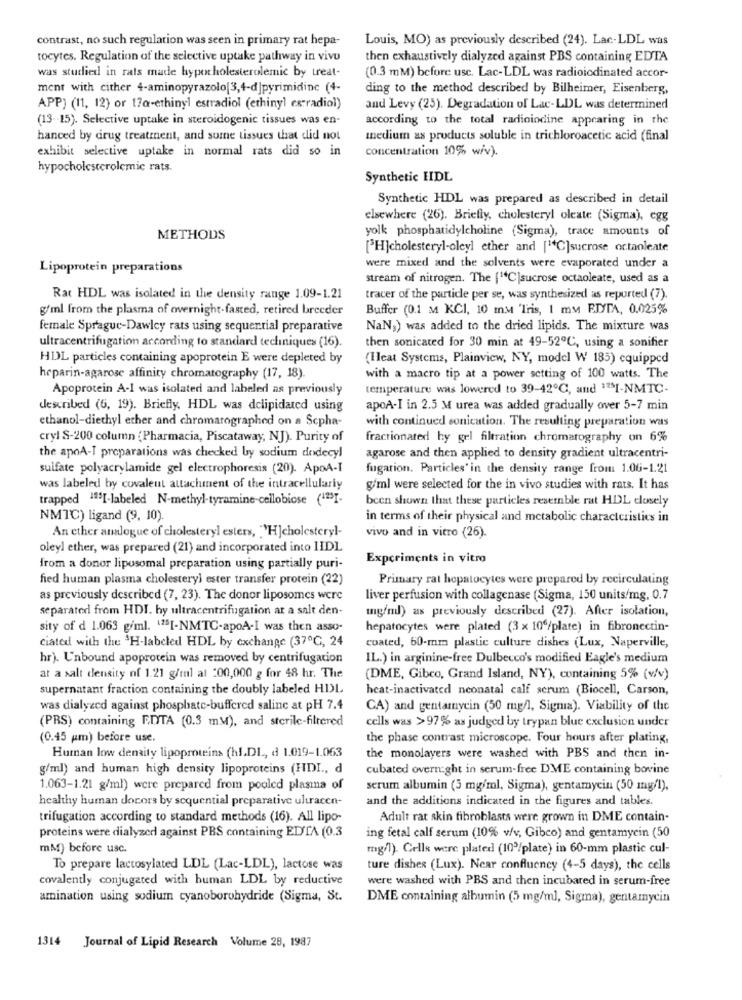
contrast, no such regulation was seen in primary rat hepa-
Louis, MO) as previously described (24). Lac-LDL was
tocytes. Regulation of the selective uptake pathway in vivo
then exhaustively dialyzed against PBS containing EDTA
was studied in rats made hypocholesterolemic by treat-
(0.3 mM) before usc. Lac-LDL was radioiodinated accor-
ment with cither 4-aminopyrazolo[3,4-d]pyrimidinc (4-
ding to the method described by Bilheimer, Eisenberg,
APP) (11, 12) or 17a-ethinyl estradiol (ethinyl estradiol)
and Levy (25). Degradation of Lac-LDL was determined
(13 -- 15). Selective uptake in steroidogenic tissues was en-
according to the total radioiodine appearing in the
hanced by drug treatment, and some tissues that did not
medium as products soluble in trichloroacetic acid (final
exhibit selective uptake in normal rats did so in
concentration 10% wiv).
hypocholesterolemic rats.
Synthetic HDL
Synthetic HDL was prepared as described in detail
elsewhere (26). Briefly, cholesteryl oleate (Sigma), egg
yolk phosphatidylcholine (Sigma), trace amounts of
METHODS
[H]cholesteryl-oley] ether and [1C]sucrose octaoleate
Lipoprotein preparations
were mixed and the solvents were evaporated under a
stream of nitrogen. The [14C|sucrose octaoleate, used as a
Rat HDL was isolated in the density range 1.09-1.21
tracer of the particle per se, was synthesized as reported (7).
g/ml from the plasma of overnight-fasted, retired breeder
Buffer (0.1 M KCI, 10 m.M 'Iris, 1 mm EDYTA, 0.025%
female Sprague-Dawley rats using sequential preparative
NaNs) was added to the dried lipids. The mixture was
ultracentrifugation according to standard techniques (16).
then sonicated for 30 min at 49-52℃, using a sonifier
HDL particles containing apoprotein E were depleted by
(Heat Systems, Plainview, NY, model W 185) equipped
heparin-agarose affinity chromatography (17, 18)
with a macro tip at a power setting of 100 watts. The
Apoprotein A-I was isolated and labeled as previously
temperature was lowered to 39-42℃, and 12SI-NMTC-
described (6, 19). Briefly. HDL was dclipidated using
apoA-I in 2.5 M urea was added gradually over 5-7 min
ethanol-diethyl ether and chromatographed on a Scpha-
with continued sonication. The resulting preparation was
cryl S-200 column (Pharmacia, Piscataway, NJ). Purity of
fractionated hy gel filtration chromatography on 6%
the apoA-I preparations was checked by sodium dodecyl
agarose and then applied to density gradient ultracentri-
sulfate polyacrylamide gel electrophoresis (20). ApoA-I
fugation. Particles' in the density range from 1.06-1.21
was labeled by covalent attachment of the intracellulariy
g/ml were selected for the in vivo studies with rats. It has
trapped 123[-labeled N-methyl-tyramine-cellobiose (123I-
been shown that these particles resemble rat HDL closely
NMTC) ligand (9, 10).
in terms of their physical and metabolic characteristics in
An ether analogue of cholesteryl esters, . 'H]cholesteryl-
vivo and in vitro (26).
oleyl ether, was prepared (21) and incorporated into LIDL
Experiments in vitro
from a donor liposomal preparation using partially puri-
fied human plasma cholesteryl ester transfer protein (22)
Primary rat hepatocytes were prepared by recirculating
as previously described (7, 23). The donor liposomes were
liver perfusion with collagenase (Sigma, 150 units/mg, 0.7
separated from HDI. hy ultracentrifugation ar a salt den-
mg/nd) as previously described (27). After isolation,
sity of d 1.063 g/ml. "25I-NMTC-apoA-I was then asso-
hepatocytes were plated (3 x 10"/plate) in fibronectin-
ciated with the 3H-labeled HDL by exchange (37℃, 24
coated, 60-mm plastic culture dishes (Lux, Naperville,
hr). Unbound apoprotein was removed by centrifugation
IL.) in arginine-free Dulbecco's modified Eagle's medium
at a salt density of 1.21 g/tal al 200,000 g for 48 hr. The
(DME, Gibeo, Grand Island, NY), containing 5% (v/v)
supernatant fraction containing the doubly labeled HIL
heat-inactivated neonatal calf serum (Biocell, Carson,
was dialyzcd against phosphate-buffered saline at pH 7.4
CA) and gentamycin (50 mg/l, Signia). Viability of the
(PRS) containing EDTA (0.3 mM), and sterile-filtered
cells was > 97% as judged by trypan blue exclusion under
(0.45 pm) before use.
the phase contrast microscope. Four hours after plating,
Human low density lipoproteins (hl.DI, d 1.019-1.063
the monolayers were washed with PBS and then in-
g/ml) and human high density lipoproteins (HDI ., d
cubated overnight in serum-free DME containing bovine
1.063-1.21 g/ml) were prepared from pooled plasma of
serum albumin (3 mg/ml, Sigma), gentamycin (50 mg/l),
healthy human docors by sequential preparative ultracen-
and the additions indicated in the figures and tables.
trifugation according to standard methods (16). All lipo-
Adult rat skin fibroblasts were grown in DME contain-
proteins were dialyzed against PBS containing EDTA (0.3
ing fetal calf serum (10% v/v, Gibco) and gentamycin (50
mM) before usc.
mg/l). Cells were plated (103/plate) in 60-mm plastic cul-
To prepare lactosylated LDL (Lac-LDL), lactose was
ture dishes (Lux). Near confluency (4-5 days), the cells
covalently conjugated with human LDL by reductive
were washed with PBS and then incubated in serum-free
amination using sodium cyanoborohydride (Sigma, St.
DME containing albumin (5 mg/ml, Sigma), gentamycin
1314 Journal of Lipid Research Volume 28, 1987